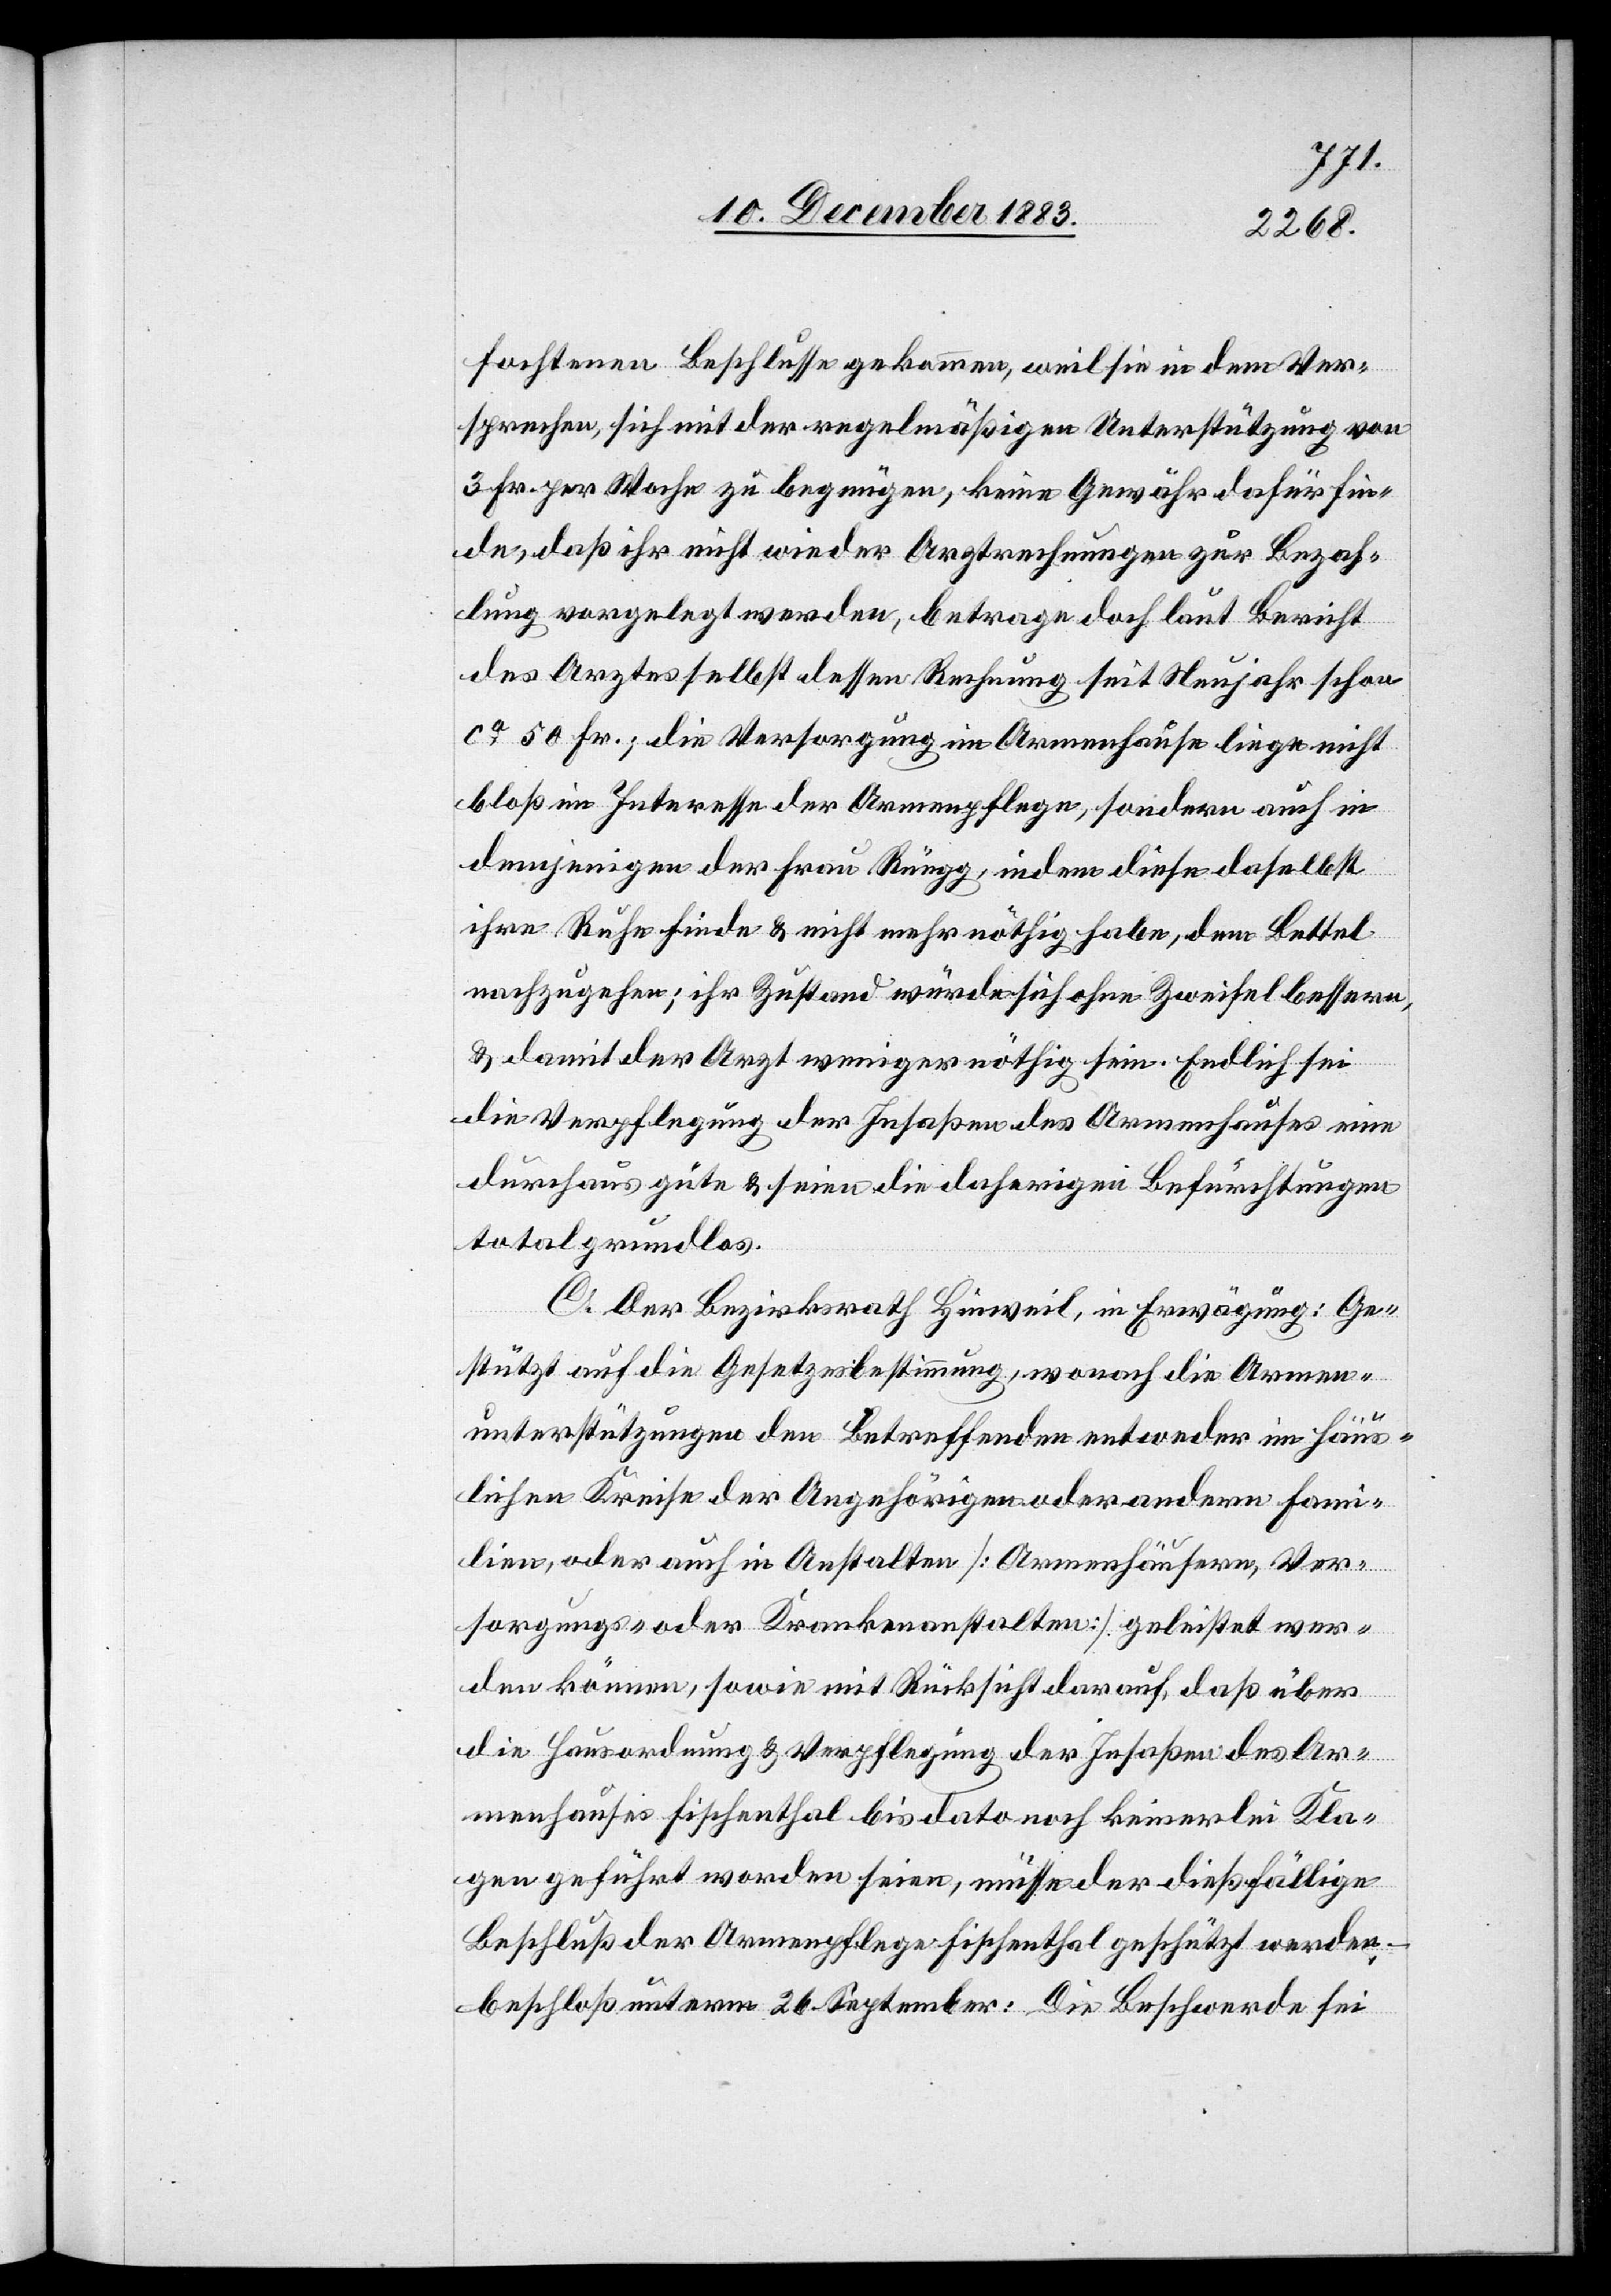
fochtenen Beschlusse gekommen, weil sie in dem Ver¬
sprechen, sich mit der regelmäßigen Unterstützung von
3 Fr. per Woche zu begnügen, keine Gewähr dafür fin¬
de, daß ihr nicht wieder Arztrechnungen zur Bezah¬
lung vorgelegt werden, betrage doch laut Bericht
des Arztes selbst dessen Rechnung seit Neujahr schon
ca 50 Fr.; die Versorgung im Armenhause liege nicht
bloß im Interesse der Armenpflege, sondern auch in
denjenigen der Frau Rüegg, indem diese daselbst
ihre Ruhe finde & nicht mehr nöthig habe, dem Bettel
nachzugehen; ihr Zustand würde sich ohne Zweifel bessern,
& damit der Arzt weniger nöthig sein. Endlich sei
die Verpflegung der Insaßen des Armenhauses eine
durchaus gute & seien die daherigen Befürchtungen
total grundlos.
C. Der Bezirksrath Hinweil, in Erwägung: Ge¬
stützt auf die Gesetzesbestimmung, wonach die Armen¬
unterstützungen den Betreffenden entweder im Häus¬
lichen Kreise der Angehörigen oder andern Fami¬
lien, oder auch in Anstalten [Armenhäusern, Ver¬
sorgungs- oder Krankenanstalten] geleistet wer¬
den können, sowie mit Rücksicht darauf, daß über
die Hausordnung & Verpflegung der Insaßen des Ar¬
menhauses Fischenthal bis dato noch keinerlei Kla¬
gen geführt worden seien, müsse der dießfällige
Beschluß der Armenpflege Fischenthal geschützt werden –
beschloß unterm 26. September: Die Beschwerde sei